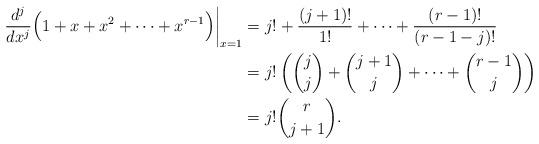
LaTeX: \begin{align*} \left. \frac{d^j}{dx^j} \Bigl( 1+x+x^2+ \cdots +x^{r-1}\Bigr) \right|_{x=1} & = j!+\frac{(j+1)!}{1!}+ \cdots + \frac{(r-1)!}{(r-1-j)!} \\ & = j!\left( \binom{j}{j}+\binom{j+1}{j}+ \cdots +\binom{r-1}{j}\right) \\ & = j! \binom{r}{j+1}. \end{align*}